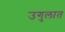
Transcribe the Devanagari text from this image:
उगुलात